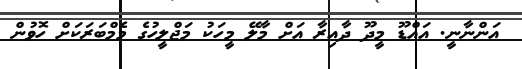
އަންނާނީ. އައްޑޫ މީދޫ ދާއިރާ އަށް މާލޭ މީހަކު މަޖްލީހުގެ މެމްބަރަކަށް ހޮވުން